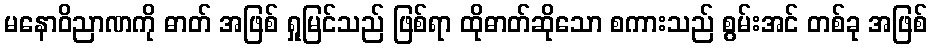
မနောဝိညာဏကို ဓာတ် အဖြစ် ရှုမြင်သည် ဖြစ်ရာ ထိုဓာတ်ဆိုသော စကားသည် စွမ်းအင် တစ်ခု အဖြစ်